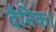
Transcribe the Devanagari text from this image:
दैनिक।